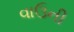
વાઉની